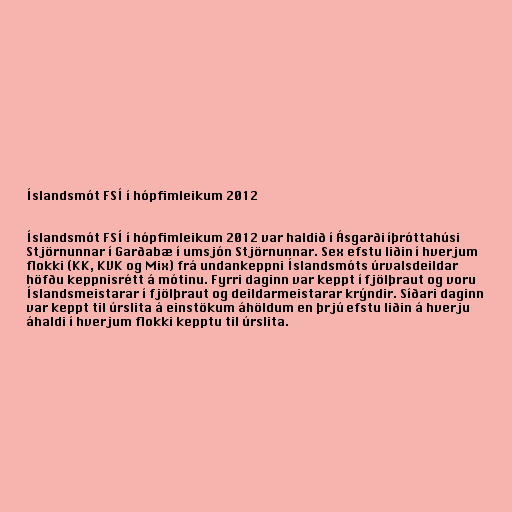
Íslandsmót FSÍ í hópfimleikum 2012

Íslandsmót FSÍ í hópfimleikum 2012 var haldið í Ásgarði íþróttahúsi
Stjörnunnar í Garðabæ í umsjón Stjörnunnar. Sex efstu liðin í hverjum
flokki (KK, KVK og Mix) frá undankeppni Íslandsmóts úrvalsdeildar
höfðu keppnisrétt á mótinu. Fyrri daginn var keppt í fjölþraut og voru
Íslandsmeistarar í fjölþraut og deildarmeistarar krýndir. Síðari daginn
var keppt til úrslita á einstökum áhöldum en þrjú efstu liðin á hverju
áhaldi í hverjum flokki kepptu til úrslita.